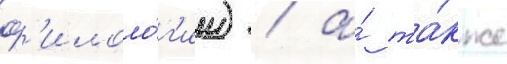
ф'илоло́г'ии) / а́ та́кже